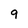
Character: 9